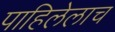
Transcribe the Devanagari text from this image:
पाहिलेलाच